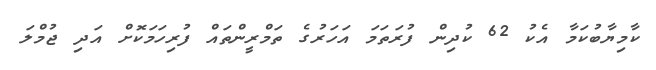
ކާމިޔާބުކަމާ އެކު 62 ކުދިން ފުރަތަމަ އަހަރުގެ ތަމްރީންތައް ފުރިހަމަކޮށް އަދި ޖުމްލަ